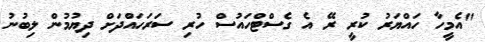
"އެމީހާ ހައްޔަރުު ކުރީ ރޭ އެ ގެސްޓްހައުސް ހުރި ސަރަހައްދަށް ދިޔުމުން ލިބުނު